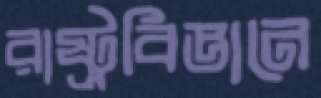
রাষ্ট্রবিজ্ঞানে